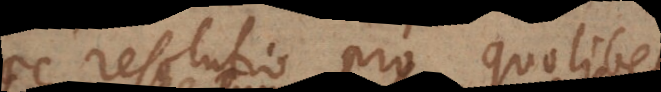
haec resolutio pro quolibet